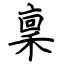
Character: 稟